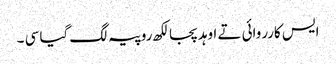
ایس کارروائی تے اوہد پجا لکھ روپیہ لگ گیا سی ۔